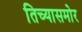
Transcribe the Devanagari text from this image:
तिच्यासमोर